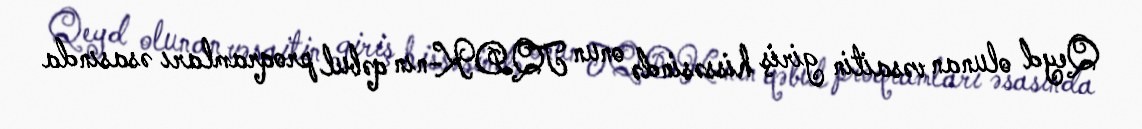
Qeyd olunan vəsaitin giriş hissəsində onun TQDK-nın qəbul proqramları əsasında